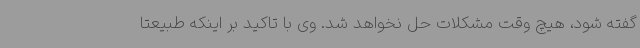
گفته شود، هیچ وقت مشکلات حل نخواهد شد. وی با تاکید بر اینکه طبیعتا